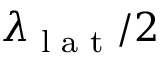
\lambda _ { \textrm { l a t } } / 2